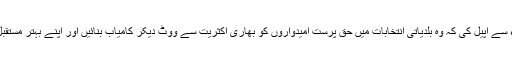
انہوں نے انتخابی جلسہ کے شرکاء سے اپیل کی کہ وہ بلدیاتی انتخابات میں حق پرست امیدواروں کو بھاری اکثریت سے ووٹ دیکر کامیاب بنائیں اور اپنے بہتر مستقبل کی ضمانت پر مہر ثبت کردیں ۔